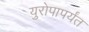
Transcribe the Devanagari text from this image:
युरोपापर्यंत